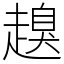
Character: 𧽒